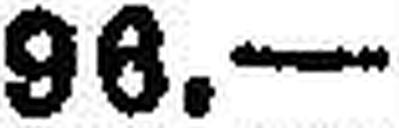
98.—